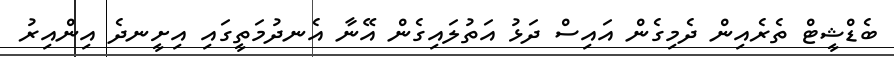
ބެޑްޝީޓް ތެރެއިން ދެމިގެން އައިސް ދަޅު އަތުލައިގެން އޭނާ އެނދުމަތީގައި އިށީނދެ އިންއިރު